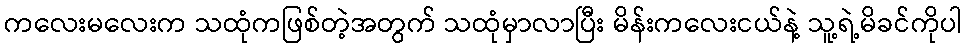
ကလေးမလေးက သထုံကဖြစ်တဲ့အတွက် သထုံမှာလာပြီး မိန်းကလေးငယ်နဲ့ သူ့ရဲ့မိခင်ကိုပါ